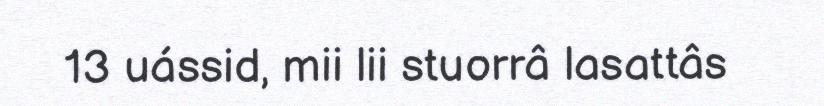
13 uássid, mii lii stuorrâ lasattâs